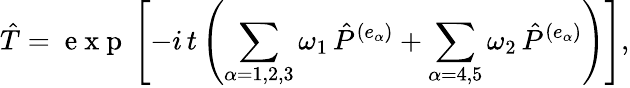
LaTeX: {\hat{T}}=\mathrm{~e~x~p~}\left[-i\, t\left(\sum_{\alpha=1,2,3}{\omega_{1}}\, {\hat{P}}^{(e_{\alpha})}+\sum_{\alpha=4,5}{\omega_{2}}\, {\hat{P}}^{(e_{\alpha})}\right)\right],